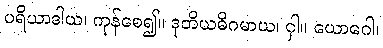
ပရိယာဒါယ၊ ကုန်စေ၍။ ဒုတိယဓိဂမာယ၊ ငှါ။ ယောဂေါ၊